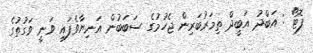
ފޮޓޯ : އަބްދު އަބީދް ތިމަރުބަރިން ޖެހުމުގެ ސަބަބުން އަނިޔާވެފައި ވަނީ ވަގުތުގެ